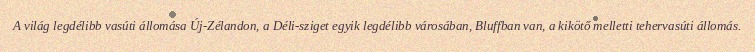
A világ legdélibb vasúti állomása Új-Zélandon, a Déli-sziget egyik legdélibb városában, Bluffban van, a kikötő melletti tehervasúti állomás.